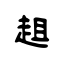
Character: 趄